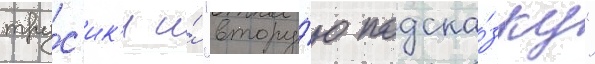
тру́с'ик'и и́ "втору́ю подска́зку"